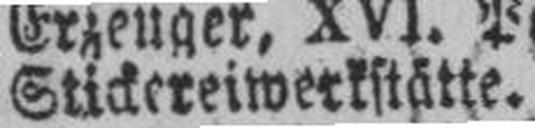
Stickereiwerkstätte.